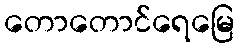
တောတောင်ရေမြေ